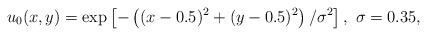
\begin{align*}u_0(x,y) = \exp\left[ - \left( (x-0.5)^2 + (y-0.5)^2 \right) / \sigma^{2} \right], \ \sigma=0.35,\end{align*}